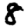
Digit: 8